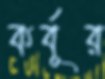
কর্বূর